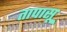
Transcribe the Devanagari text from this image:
तापासू